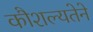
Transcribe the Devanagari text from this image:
कौशल्यतेने